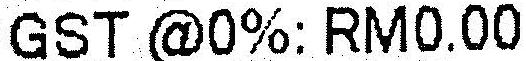
GST @0%: RM0.00